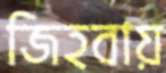
জিহবায়